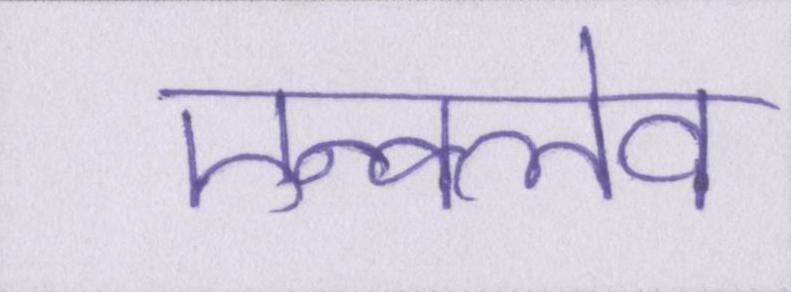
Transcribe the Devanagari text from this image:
एन्क्लेव